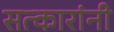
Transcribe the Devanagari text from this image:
सत्कारांनी